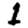
Digit: 1